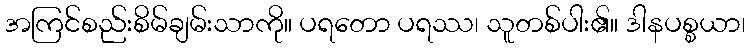
အကြင်စည်းစိမ်ချမ်းသာကို။ ပရတော ပရဿ၊ သူတစ်ပါး၏။ ဒါနပစ္စယာ၊